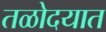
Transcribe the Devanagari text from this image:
तळोदयात